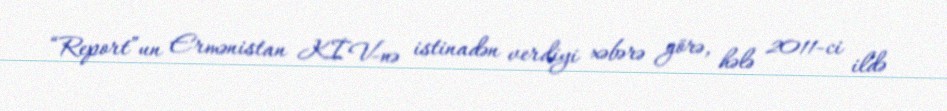
“Report”un Ermənistan KİV-nə istinadən verdiyi xəbərə görə, hələ 2011-ci ildə